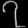
Digit: ၇